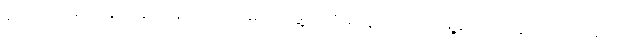
ပူးပေါင်းဆောင်ရွက်နိုင်သည် သတင်းရဲတပ်ဖွဲ့ဘက်မှ လှိုင်သာယာမြို့နယ်က သူတို့ခမျာလည်း